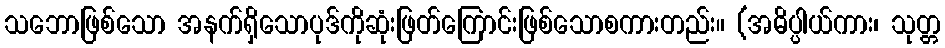
သဘောဖြစ်သော အနက်ရှိသောပုဒ်ကိုဆုံးဖြတ်ကြောင်းဖြစ်သောစကားတည်း။ (အဓိပ္ပါယ်ကား၊ သုတ္တ